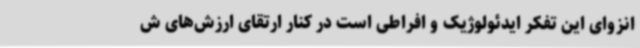
انزوای این تفکر ایدئولوژیک و افراطی است در کنار ارتقای ارزش‌های ش